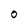
Character: O